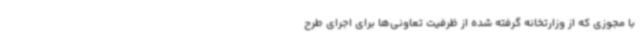
با مجوزی که از وزارتخانه گرفته شده از ظرفیت تعاونی‌ها برای اجرای طرح